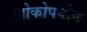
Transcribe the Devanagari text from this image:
लोकोपयोग